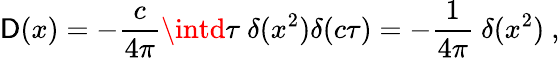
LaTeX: \mathsf{D}(x)=-{\frac{{c}}{{4\pi}}}\intd\tau\ \delta(x^{2})\delta(c\tau)=-{\frac{{1}}{{4\pi}}}\ \delta(x^{2})\ ,